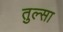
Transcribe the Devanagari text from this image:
तुल्सा